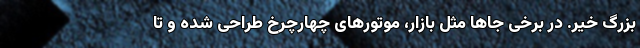
بزرگ خیر. در برخی جاها مثل بازار، موتورهای چهارچرخ طراحی شده و تا